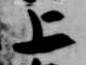
上